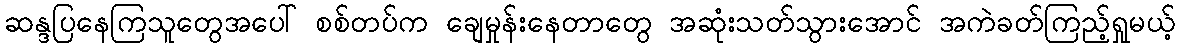
ဆန္ဒပြနေကြသူတွေအပေါ် စစ်တပ်က ချေမှုန်းနေတာတွေ အဆုံးသတ်သွားအောင် အကဲခတ်ကြည့်ရှုမယ့်